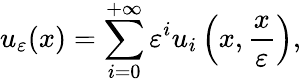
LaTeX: u_{\varepsilon}(x)=\sum_{i=0}^{+\infty}\varepsilon^{i}u_{i}\left(x,\frac{x}{\varepsilon}\right),